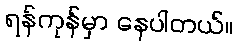
ရန်ကုန်မှာ နေပါတယ်။